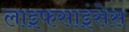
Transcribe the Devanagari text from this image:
लाइफसाइंसेस